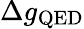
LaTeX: \Delta g_{\mathrm{QED}}